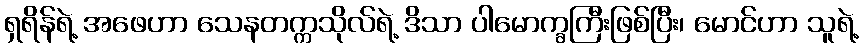
ရှရိန်ရဲ့ အဖေဟာ သေနတက္ကသိုလ်ရဲ့ ဒိသာ ပါမောက္ခကြီးဖြစ်ပြီး၊ မောင်ဟာ သူရဲ့